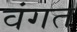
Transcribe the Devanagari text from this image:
वंगत